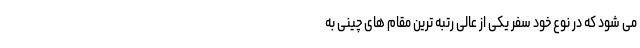
می شود که در نوع خود سفرِ یکی از عالی رتبه ترین مقام های چینی به